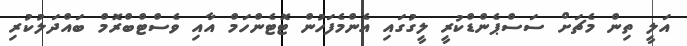
އަލީ ތިން މެޗަށް ސަސްޕެންޑްކުރީ ލީގުގައި އެންމެފަހުން ޓޮޓެންހަމް އާއި ވެސްޓްބްރޮމް ބައްދަލުކުރި